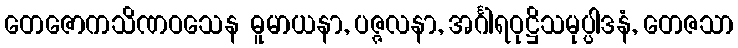
တေဇောကသိဏဝသေန ဓူမာယနာ, ပဇ္ဇလနာ, အင်္ဂါရဝုဋ္ဌိသမုပ္ပါဒနံ, တေဇသာ